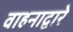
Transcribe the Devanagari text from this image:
वाहनाद्वारे